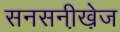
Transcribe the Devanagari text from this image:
सनसनी़खे़ज